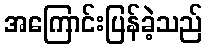
အကြောင်းပြန်ခဲ့သည်